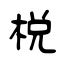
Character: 梲